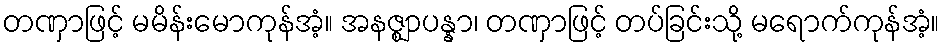
တဏှာဖြင့် မမိန်းမောကုန်အံ့။ အနဇ္ဈာပန္နာ၊ တဏှာဖြင့် တပ်ခြင်းသို့ မရောက်ကုန်အံ့။